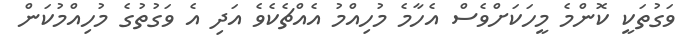
ވަގުތަކީ ކޮންމެ މީހަކަށްވެސް އެހާމެ މުހިއްމު އެއްޗެކެވެ އަދި އެ ވަގުތުގެ މުހިއްމުކަން